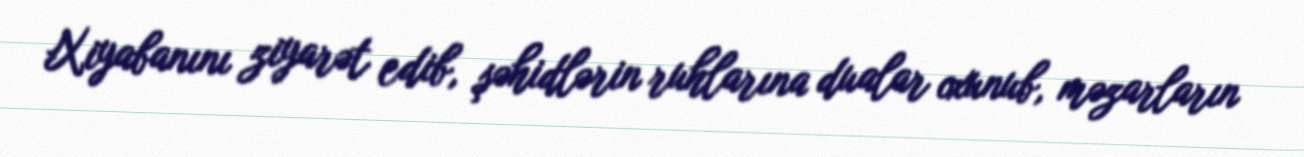
Xiyabanını ziyarət edib, şəhidlərin ruhlarına dualar oxunub, məzarların